Tezpur Lunatic Asylum reports 1895-1904 - 1895-1904
Year: 1895
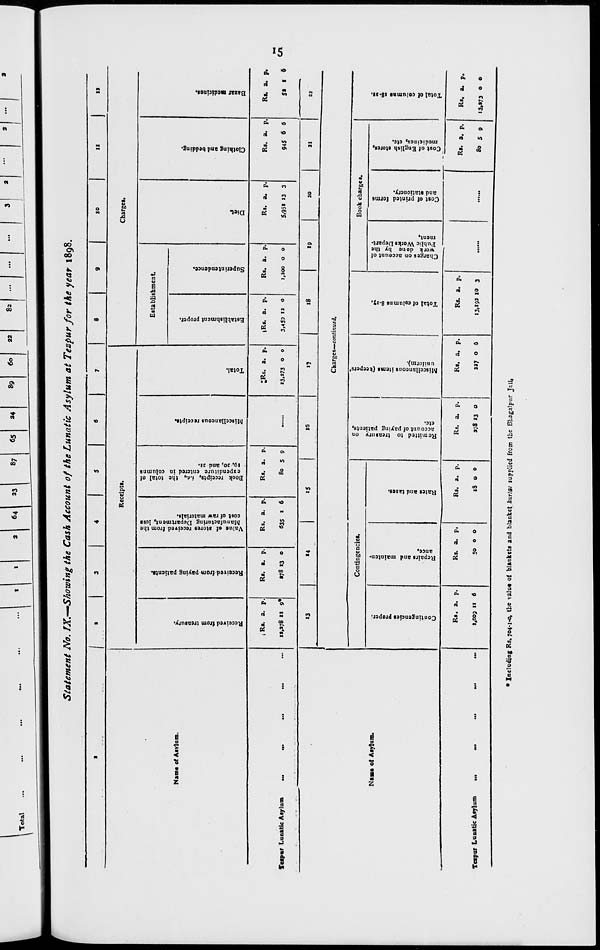
•
M
a
n
c
Sr.
a
n
3
a.
3
c
►3
CO
♦4
•f
1
|
8
0
r
r
6
■
I
9
1
a
n
I
>
<3
c
9
2
1
3
z
i
'
5
St.
|
f
•
;
!
3
:
s
{
2
JO
••
?
09
?
Received from treasury.
o
o
IS
Contingencies proper.
bi
F
Cft
7
•
•0
JO
0
a
a
C
Si
Received from paying patients.
JO
Repairs and mainten- 0
u
a
o
V
ance.
n
a
0°
*.
0
y
o
•p
a JO Value of stores received from the
Manufacturing Department, less
-
u
cost of raw materials.
JO
ei
•0
JO
Rates and taxes.
M
0
■5"
oo
o
Jl
o°
Jp
Book receipts, i.e., the total of
expenditure entered in columns
° 7
»
19, 30, and 31.
JO
Remitted to treasury on
<o
T3
M
account of paying patients,
J"
a (1
etc.
Miscellaneous receipts.
0
■o
M
t •
^,
J3
M
JO
Miscellaneous items (keepers'
0
to
*
Total.
•»
'
uniform).
'■*
0
fti
o
R>
0
0
■JJ
a
•a
3
S" c
u
tit
S
5?
SI
Establishment proper.
p>
o
JO
Total of columns 8-17,
00
0
y
o
ti
a-
3
"
•o
—
a
8
«?
Superintendence.
Charges on account of
0
»>
•
/ work done by the
M
0
•a
i ui mi. vv urns ucpun-
ment.
•
0
a
01
•0
JO
Diet
a-
u
0
o3
tr
a
Cost of printed forms
n
M
"
V
r
and stationery.
B
O
u
y
IP
JO
Clothing and bedding.
9 2?
Cost of English stores,
medicines, etc.
IA
VI
w
o>
w
<o
•o
0.
•0
bi
•
JO
JO
"
Total of column! 1801.
H
ui
P
Bazar medicines.
0
P
{i
o
*9
•
m "P
S3
I
Si*
S?
«\
R
l>
R
St
Si
K
t
ft
00
vo
00
Si